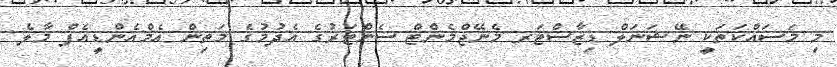
މި މަސައްކަތަކީ ނޭޝަނަލް ޑިޒާސްޓަރ މެނޭޖްމެންޓް ސެންޓަރުގެ އެދުމުގެ މަތިން އެމްއެންޑީއެފް މާލެ